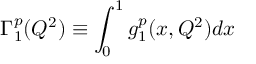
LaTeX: \Gamma _ { 1 } ^ { p } ( Q ^ { 2 } ) \equiv \int _ { 0 } ^ { 1 } g _ { 1 } ^ { p } ( x , Q ^ { 2 } ) d x